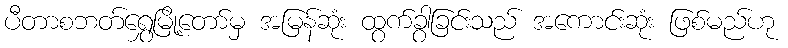
ပီတာစဘတ်ရွှေမြို့တော်မှ အမြန်ဆုံး ထွက်ခွာခြင်းသည် အကောင်းဆုံး ဖြစ်မည်ဟု